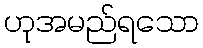
ဟုအမည်ရသော